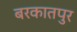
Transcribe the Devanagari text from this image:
बरकातपुर